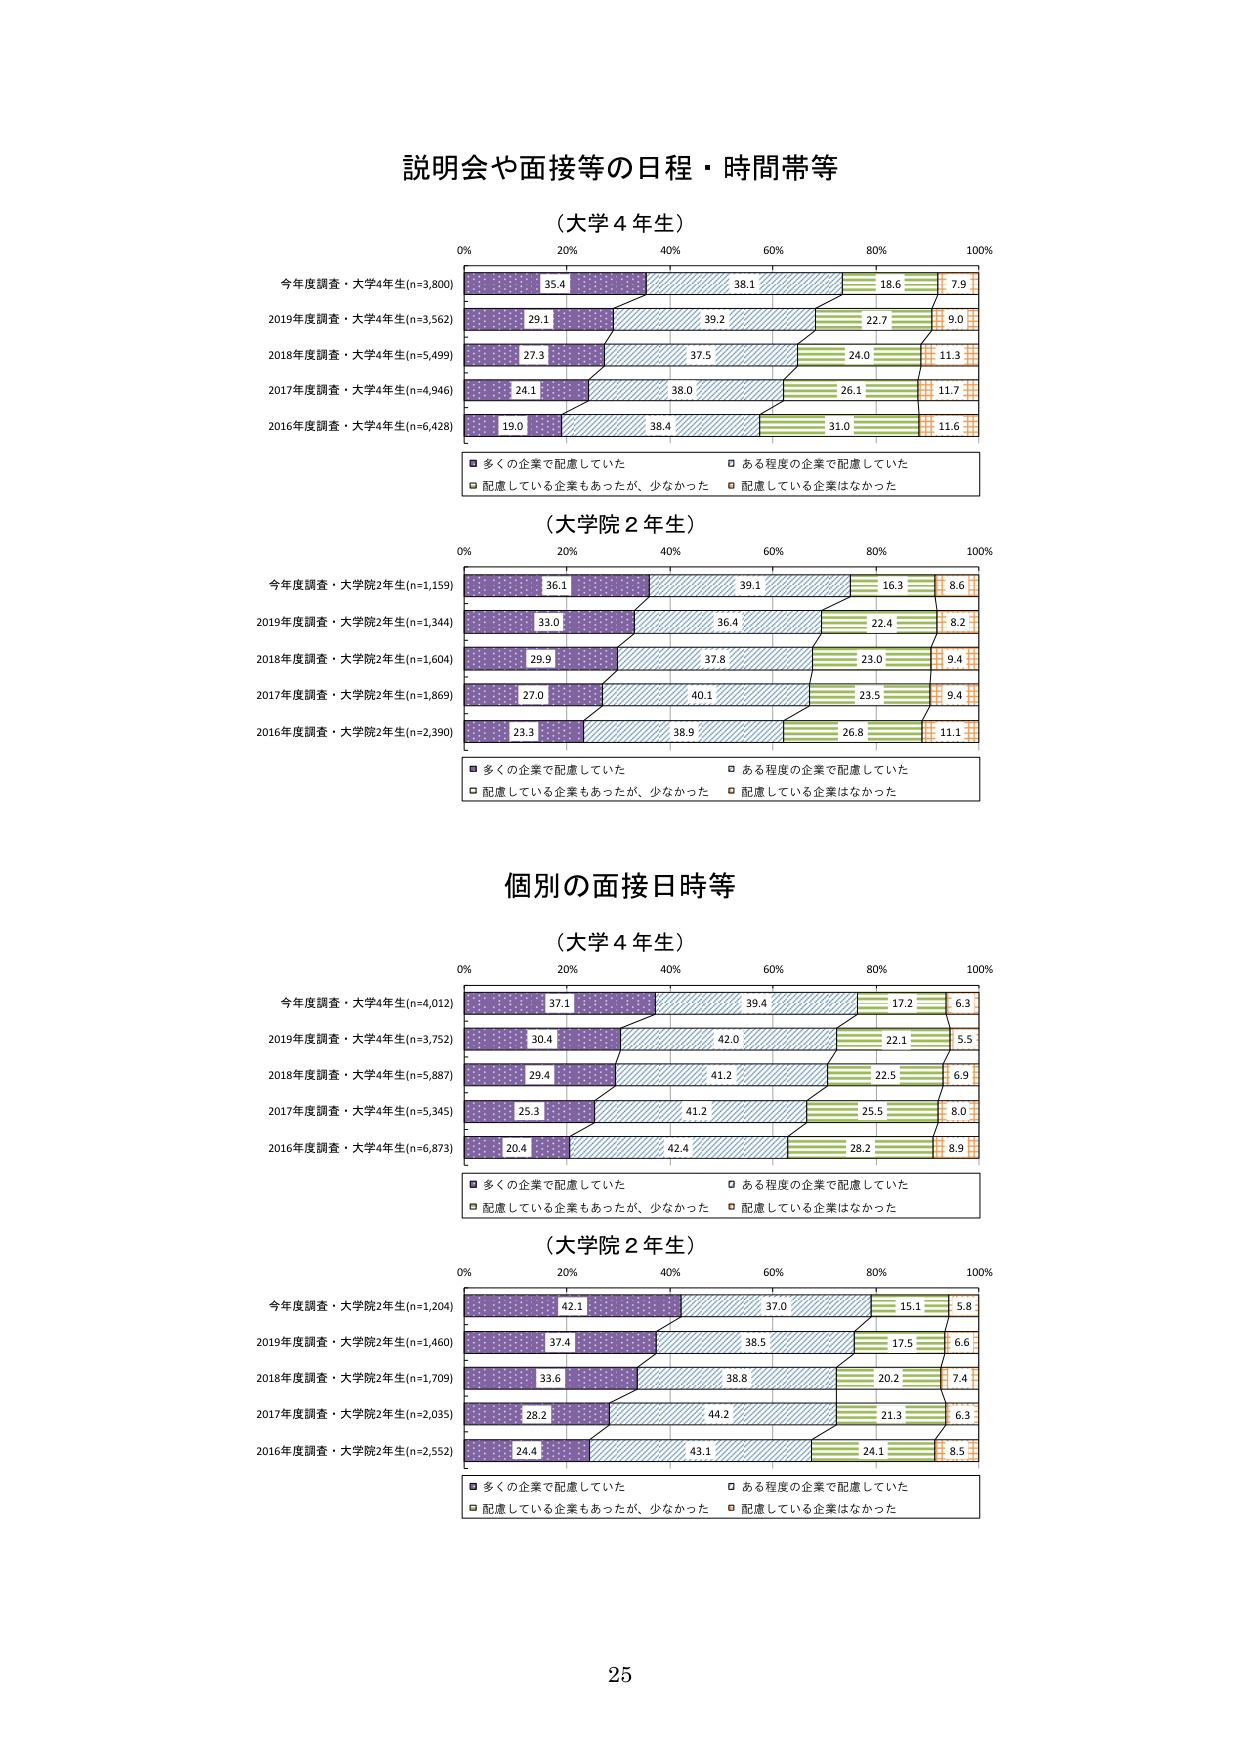
説明会や面接等の日程・時間帯等

（大学４年生）
0% 20% 40% 60% 80% 100%
今年度調査・大学4年生(n=3,800) 35.4 38.1 18.6 7.9
2019年度調査・大学4年生(n=3,562) 29.1 39.2 22.7 9.0
2018年度調査・大学4年生(n=5,499) 27.3 37.5 24.0 11.3
2017年度調査・大学4年生(n=4,946) 24.1 38.0 26.1 11.7
2016年度調査・大学4年生(n=6,428) 19.0 38.4 31.0 11.6
■ 多くの企業で配慮していた □ ある程度の企業で配慮していた
■ 配慮している企業もあったが、少なかった ■ 配慮している企業はなかった

（大学院２年生）
0% 20% 40% 60% 80% 100%
今年度調査・大学院2年生(n=1,159) 36.1 39.1 16.3 8.6
2019年度調査・大学院2年生(n=1,344) 33.0 36.4 22.4 8.2
2018年度調査・大学院2年生(n=1,604) 29.9 37.8 23.0 9.4
2017年度調査・大学院2年生(n=1,869) 27.0 40.1 23.5 9.4
2016年度調査・大学院2年生(n=2,390) 23.3 38.9 26.8 11.1
■ 多くの企業で配慮していた □ ある程度の企業で配慮していた
■ 配慮している企業もあったが、少なかった ■ 配慮している企業はなかった

個別の面接日時等

（大学４年生）
0% 20% 40% 60% 80% 100%
今年度調査・大学4年生(n=4,012) 37.1 39.4 17.2 6.3
2019年度調査・大学4年生(n=3,752) 30.4 42.0 22.1 5.5
2018年度調査・大学4年生(n=5,887) 29.4 41.2 22.5 6.9
2017年度調査・大学4年生(n=5,345) 25.3 41.2 25.5 8.0
2016年度調査・大学4年生(n=6,873) 20.4 42.4 28.2 8.9
■ 多くの企業で配慮していた □ ある程度の企業で配慮していた
■ 配慮している企業もあったが、少なかった ■ 配慮している企業はなかった

（大学院２年生）
0% 20% 40% 60% 80% 100%
今年度調査・大学院2年生(n=1,204) 42.1 37.0 15.1 5.8
2019年度調査・大学院2年生(n=1,460) 37.4 38.5 17.5 6.6
2018年度調査・大学院2年生(n=1,709) 33.6 38.8 20.2 7.4
2017年度調査・大学院2年生(n=2,035) 28.2 44.2 21.3 6.3
2016年度調査・大学院2年生(n=2,552) 24.4 43.1 24.1 8.5
■ 多くの企業で配慮していた □ ある程度の企業で配慮していた
■ 配慮している企業もあったが、少なかった ■ 配慮している企業はなかった

25